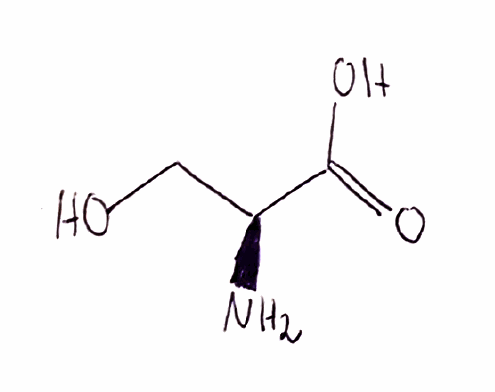
Simplified molecular-input line-entry system (SMILES) notation of the given molecule:
C([C@@H](C(=O)O)N)O